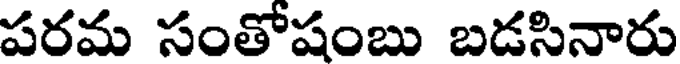
పరమ సంతోషంబు బడసినారు